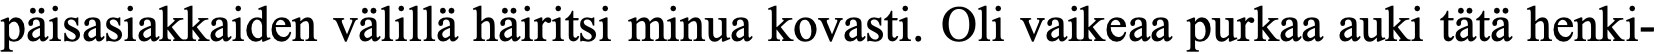
päisasiakkaiden välillä häiritsi minua kovasti. Oli vaikeaa purkaa auki tätä henki-